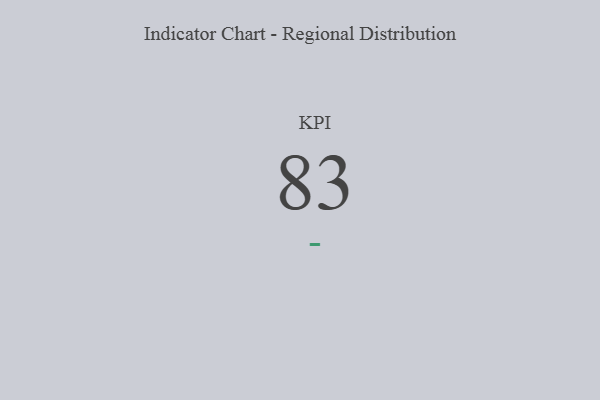
{"axis": {"x": "KPI", "y": "Value"}, "legend": [""], "data": [{"x": "KPI", "y": 83, "type": ""}]}